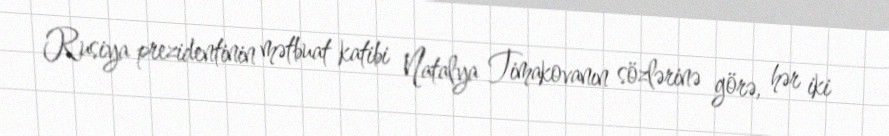
Rusiya prezidentinin mətbuat katibi Natalya Timakovanın sözlərinə görə, hər iki